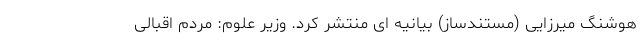
هوشنگ میرزایی (مستندساز) بیانیه ای منتشر کرد. وزیر علوم: مردم اقبالی